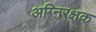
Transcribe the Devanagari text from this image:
अग्निरक्षक